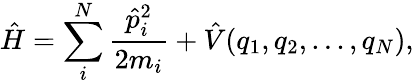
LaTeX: \hat{H}=\sum_{i}^{N}\frac{\hat{p}_{i}^{2}}{2m_{i}}+\hat{V}(q_{1},q_{2},...,q_{N}),